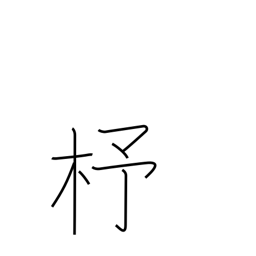
Meaning: shuttle